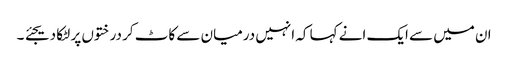
ان میں سے ایک انے کہا کہ انہیں درمیان سے کاٹ کر درختوں پر لٹکا دیجئے ۔